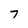
Character: 7